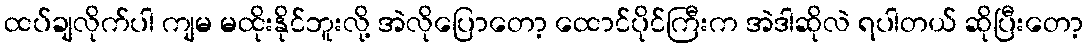
ထပ်ချလိုက်ပါ ကျမ မထိုးနိုင်ဘူးလို့ အဲလိုပြောတော့ ထောင်ပိုင်ကြီးက အဲဒါဆိုလဲ ရပါတယ် ဆိုပြီးတော့